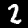
Label: 2